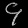
Digit: ၄